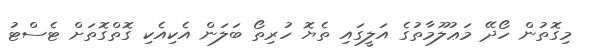
މިގޮތުން ހޯދޭ މަޢުލޫމާތުގެ އަލީގައި ތެޔޮ ހުރިތޯ ބަލަން އެކިއެކި ގޮތްގޮތަށް ޓެސްޓު